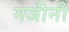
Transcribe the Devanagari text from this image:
गजीनी